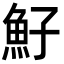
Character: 䰵